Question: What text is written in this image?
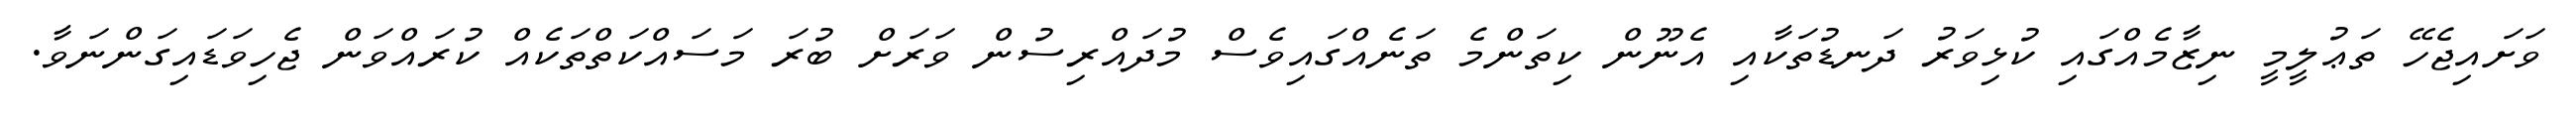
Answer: ވަށައިޖެހޭ ތަޢުލީމީ ނިޒާމެއްގައި ކުޅިވަރު ދަނޑުތަކާއި އެނޫން ކިތަންމެ ތަނެއްގައިވެސް މުދައްރިސުން ވަރަށް ބުރަ މަސައްކަތްތަކެއް ކުރައްވަން ޖެހިވަޑައިގަންނަވާ.